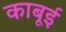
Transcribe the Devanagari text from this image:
काबूई